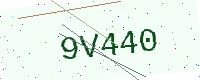
Text: 9V440